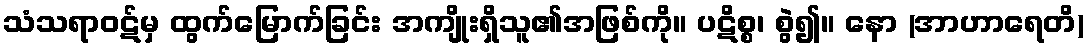
သံသရာဝဋ်မှ ထွက်မြောက်ခြင်း အကျိုးရှိသူ၏အဖြစ်ကို။ ပဋိစ္စ၊ စွဲ၍။ နော (အာဟာရေတိ)